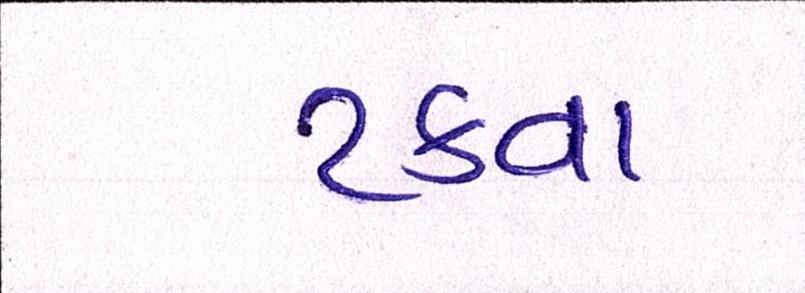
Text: ટકવા